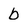
Character: b